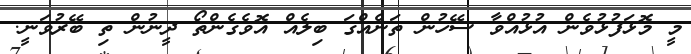
މީ މޮޅަފުޅުވެން އުޅުއްވާ ސޭހުން ތަނެއްގަ ބިލެއް އޮވެގެންތޯ ދީނުން ތި ބޭރުވަނީ.